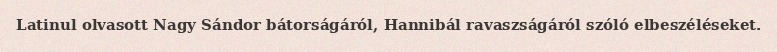
Latinul olvasott Nagy Sándor bátorságáról, Hannibál ravaszságáról szóló elbeszéléseket.